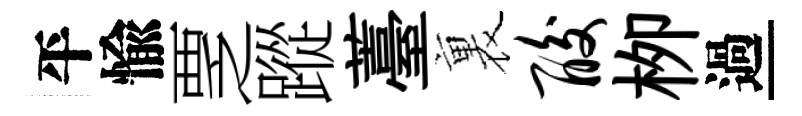
平愉覂蹤薹裏酸栁過